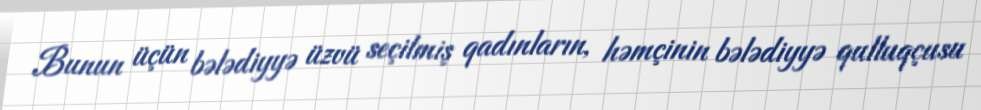
Bunun üçün bələdiyyə üzvü seçilmiş qadınların, həmçinin bələdiyyə qulluqçusu